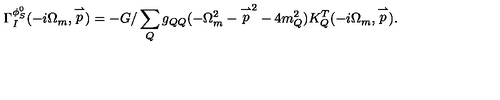
\Gamma _ { I } ^ { \phi _ { S } ^ { 0 } } ( - i \Omega _ { m } , \stackrel { \rightharpoonup } { p } ) = - G / \sum _ { Q } g _ { Q Q } ( - \Omega _ { m } ^ { 2 } - { \stackrel { \rightharpoonup } { p } } ^ { 2 } - 4 m _ { Q } ^ { 2 } ) K _ { Q } ^ { T } ( - i \Omega _ { m } , \stackrel { \rightharpoonup } { p } ) .